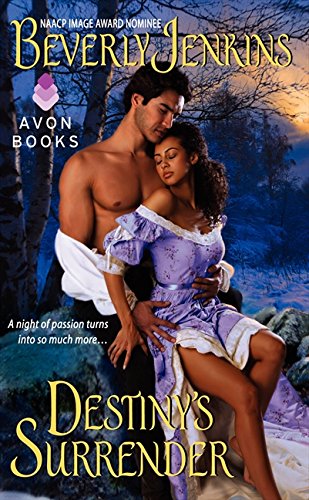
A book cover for Destiny's Surrender (Destiny Trilogy); Beverly Jenkins; Romance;